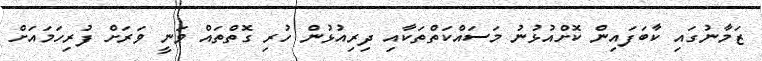
ޒަމާނުގައި ކާބަފައިން ކޮށްއުޅުނު މަސައްކަތްތަކާއި ދިރިއުޅުން ހުރި ގޮތްތައް ވަނީ ވަރަށް ފުރިހަމައަށް